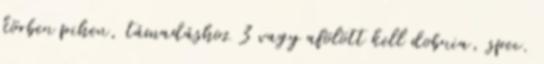
körben pihen, támadáshoz 3 vagy afölött kell dobnia, spec.